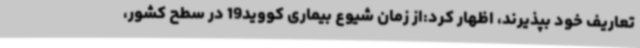
تعاریف خود بپذیرند، اظهار کرد:از زمان شیوع بیماری کووید19 در سطح کشور،